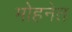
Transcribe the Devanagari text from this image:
मोहनेत